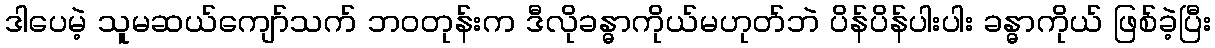
ဒါပေမဲ့ သူမဆယ်ကျော်သက် ဘဝတုန်းက ဒီလိုခန္ဓာကိုယ်မဟုတ်ဘဲ ပိန်ပိန်ပါးပါး ခန္ဓာကိုယ် ဖြစ်ခဲ့ပြီး